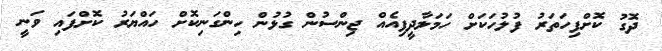
ދޮގު ކޮށްފިހަތަރު ފުލުހަކަށް ހަމަލާދީފިއެއް ޖިންސުން ގުޅުން ހިންގަނިކޮށް ހައްޔަރު ކޮށްފައި ވަނީ